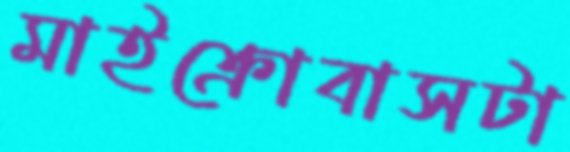
মাইক্রোবাসটা